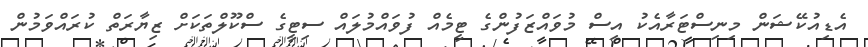
އެޑިއުކޭޝަން މިނިސްޓަރާއެކު އިސް މުވައްޒަފުންގެ ޓީމެއް ފުވައްމުލައް ސިޓީގެ ސްކޫލްތަކަށް ޒިޔާރަތް ކުރައްވަމުން